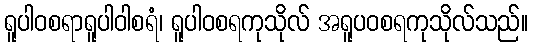
ရူပါဝစရာရူပါဝါစရံ၊ ရူပါဝစရကုသိုလ် အရူပဝစရကုသိုလ်သည်။